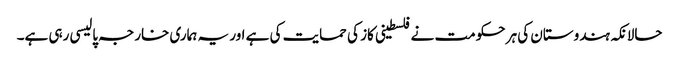
حالانکہ ہندوستان کی ہر حکومت نے فلسطینی کاز کی حمایت کی ہے اور یہ ہماری خارجہ پالیسی رہی ہے۔